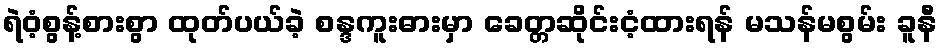
ရဲဝံ့စွန့်စားစွာ ထုတ်ပယ်ခဲ့ စန္ဒကူးဓားမှာ ခေတ္တဆိုင်းငံ့ထားရန် မသန်မစွမ်း ခူနီ